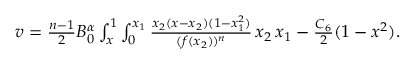
\begin{array} { r } { v \stackrel { } { = } \frac { n - 1 } { 2 } B _ { 0 } ^ { \alpha } \int _ { x } ^ { 1 } \int _ { 0 } ^ { x _ { 1 } } \frac { x _ { 2 } ( x - x _ { 2 } ) ( 1 - x _ { 1 } ^ { 2 } ) } { ( f ( x _ { 2 } ) ) ^ { n } } \, \d x _ { 2 } \, \d x _ { 1 } - \frac { C _ { 6 } } { 2 } ( 1 - x ^ { 2 } ) . } \end{array}